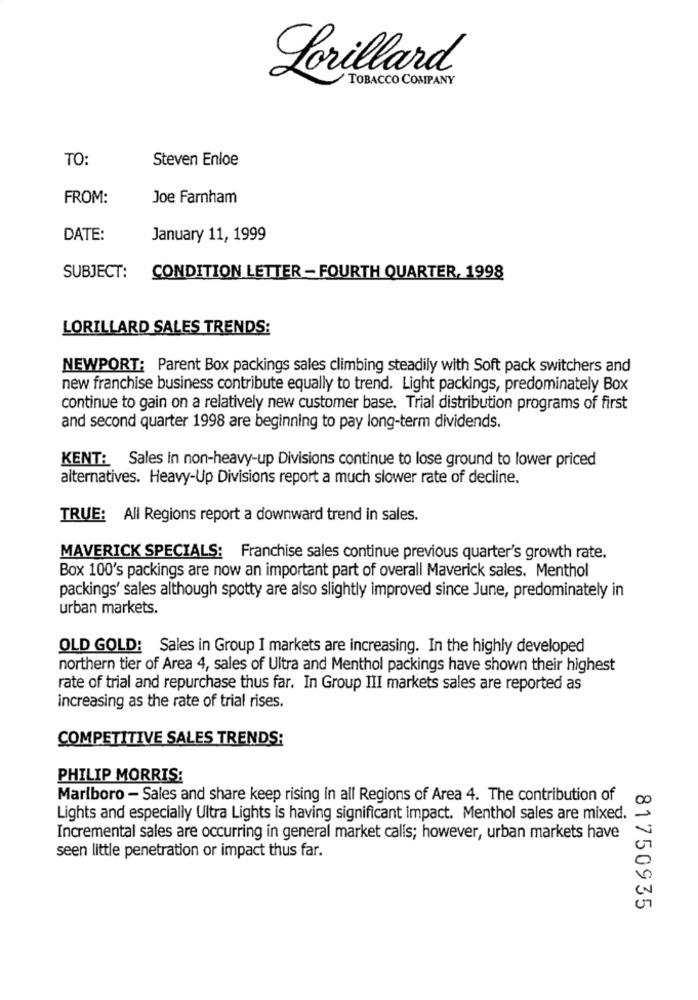
Lorillard
TOBACCO COMPANY
TO:
Steven Enloe
FROM:
Joe Farnham
DATE:
January 11, 1999
SUBJECT:
CONDITION LETTER - FOURTH QUARTER, 1998
LORILLARD SALES TRENDS:
NEWPORT: Parent Box packings sales climbing steadily with Soft pack switchers and
new franchise business contribute equally to trend. Light packings, predominately Box
continue to gain on a relatively new customer base. Trial distribution programs of first
and second quarter 1998 are beginning to pay long-term dividends.
KENT: Sales in non-heavy-up Divisions continue to lose ground to lower priced
alternatives. Heavy-Up Divisions report a much slower rate of decline.
TRUE: All Regions report a downward trend in sales.
MAVERICK SPECIALS: Franchise sales continue previous quarter's growth rate.
Box 100's packings are now an important part of overall Maverick sales. Menthol
packings' sales although spotty are also slightly improved since June, predominately in
urban markets.
OLD GOLD: Sales in Group I markets are increasing. In the highly developed
northern tier of Area 4, sales of Ultra and Menthol packings have shown their highest
rate of trial and repurchase thus far. In Group III markets sales are reported as
increasing as the rate of trial rises.
COMPETITIVE SALES TRENDS:
PHILIP MORRIS:
Marlboro - Sales and share keep rising in all Regions of Area 4. The contribution of
Lights and especially Ultra Lights is having significant impact. Menthol sales are mixed.
Incremental sales are occurring in general market calls; however, urban markets have
seen little penetration or impact thus far.
81750935